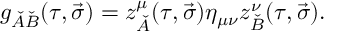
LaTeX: g _ { \check { A } \check { B } } ( \tau , \vec { \sigma } ) = z _ { \check { A } } ^ { \mu } ( \tau , \vec { \sigma } ) \eta _ { \mu \nu } z _ { \check { B } } ^ { \nu } ( \tau , \vec { \sigma } ) .